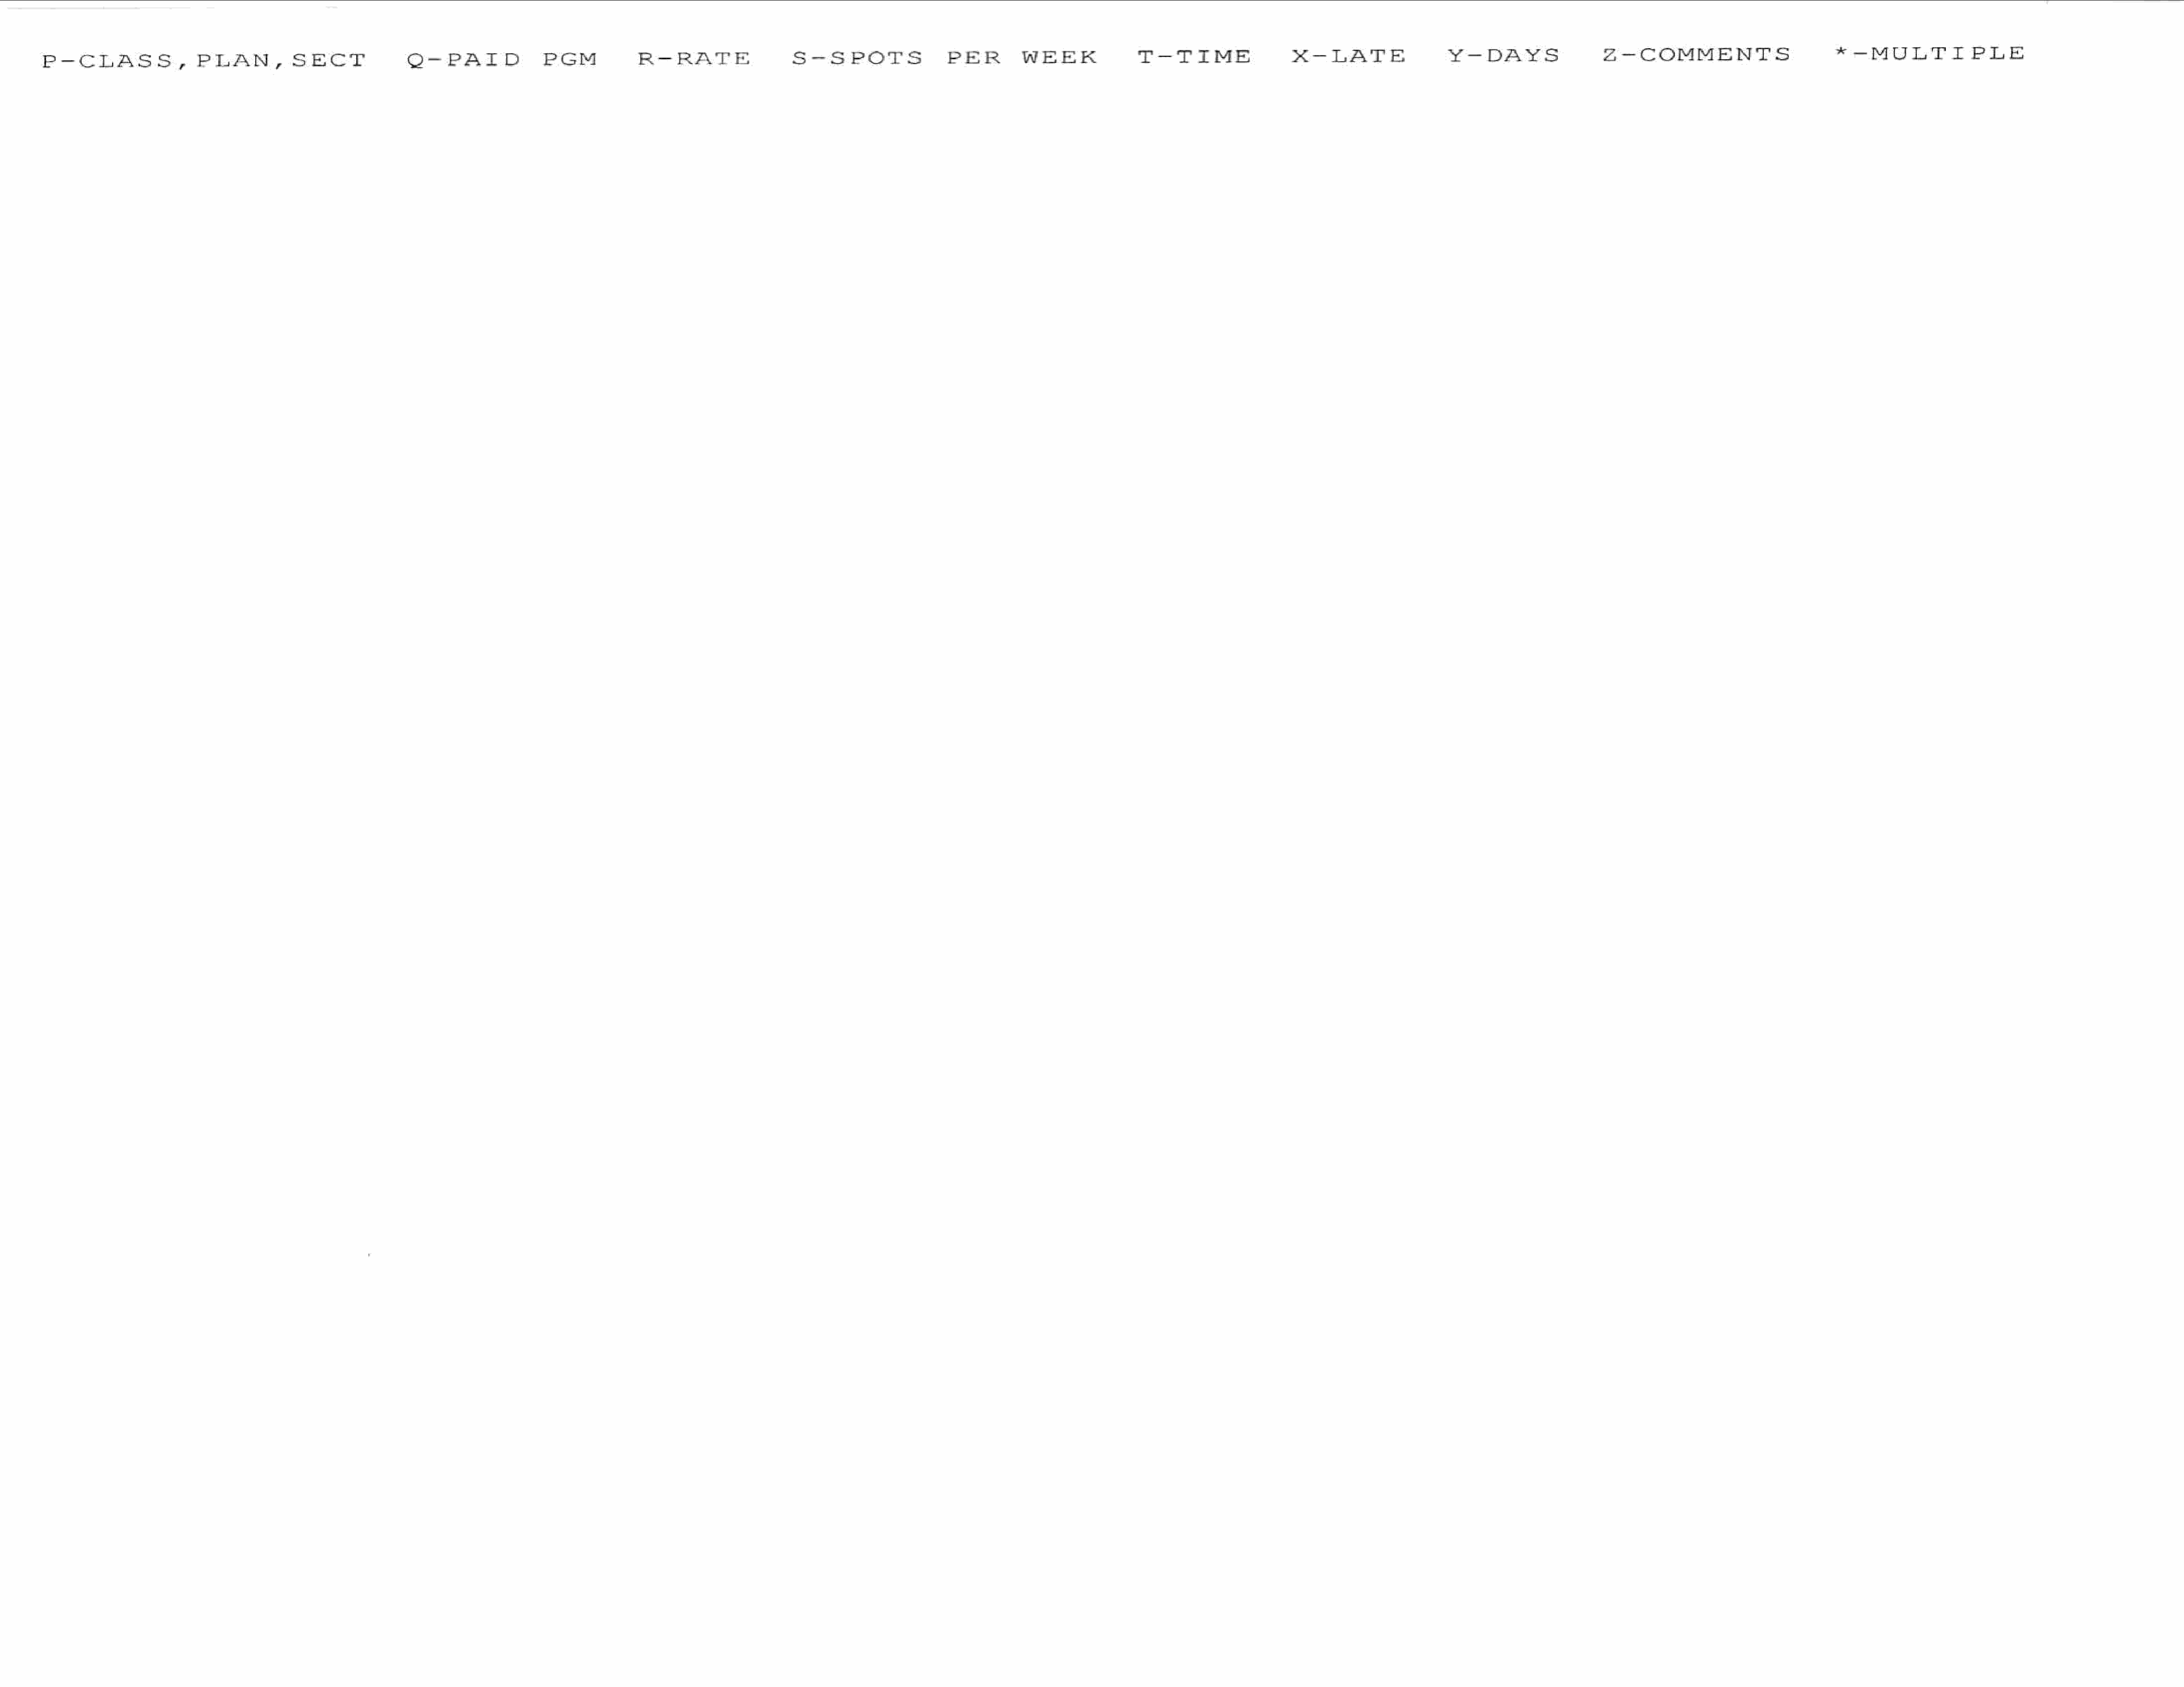
P-CLASS,              PLAN,         SECT            Q-PAID              PGM          R-RATE                S-SPOTS               PER        WEEK             T-TIME                xX-LATE               Y¥-DAYS               Z—-COMMENTS                      *-MULTIPLE